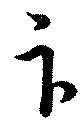
卞